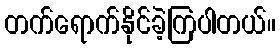
တက်ရောက်နိုင်ခဲ့ကြပါတယ်။